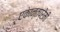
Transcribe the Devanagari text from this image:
एकान्तप्रेमी